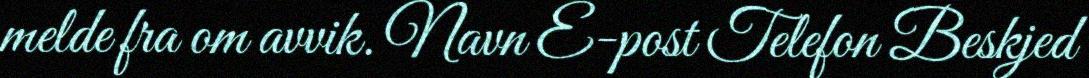
melde fra om avvik. Navn E-post Telefon Beskjed